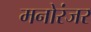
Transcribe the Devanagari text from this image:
मनोरंजर